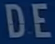
DE